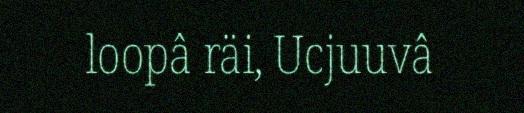
loopâ räi, Ucjuuvâ